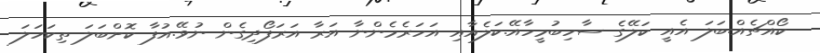
ކޯއްޗެއް.ބަލަ އެއީ ކަލޭގެ ސާހިބުމީހާއޭ.ކަލެއާއި އަހަރެމެންނާ އަރާ އަރަފޯދިގެން ނުވޭ.އުފާ ކޮށްބަލަ ތިކަހަލަ